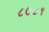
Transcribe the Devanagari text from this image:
८०८१